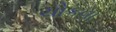
ચોકવા